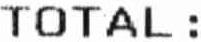
TOTAL :